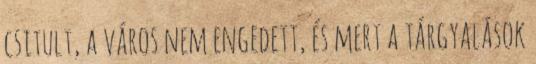
csitult, a város nem engedett, és mert a tárgyalások